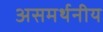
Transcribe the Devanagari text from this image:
असमर्थनीय